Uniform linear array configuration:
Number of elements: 24
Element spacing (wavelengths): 0.75
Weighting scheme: exponential
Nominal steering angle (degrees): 0
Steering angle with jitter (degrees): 1.616
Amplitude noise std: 0.05
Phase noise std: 0.05

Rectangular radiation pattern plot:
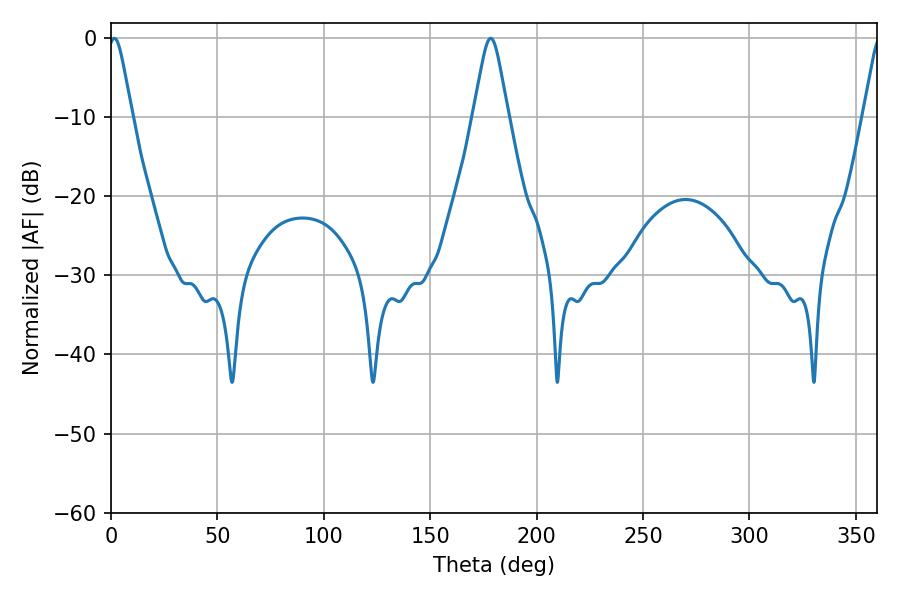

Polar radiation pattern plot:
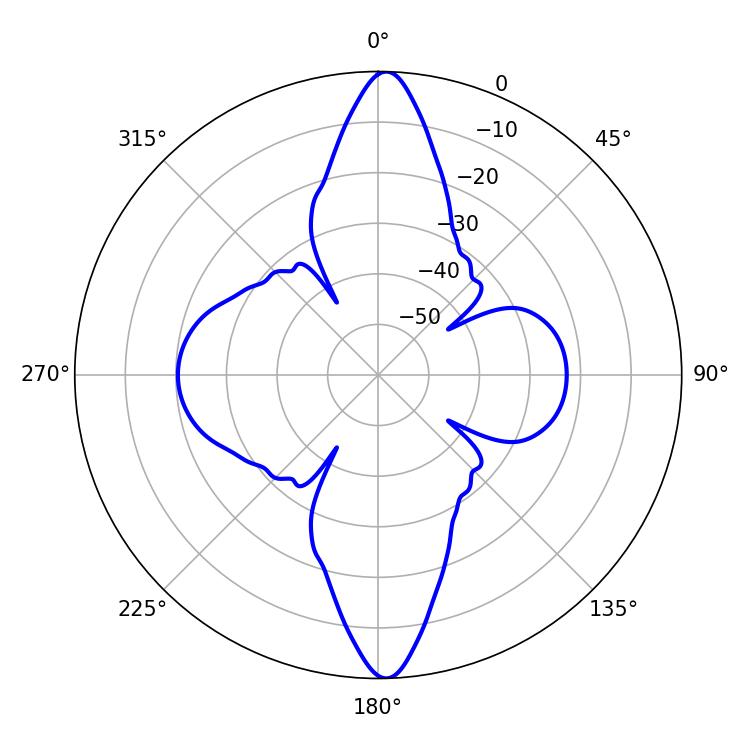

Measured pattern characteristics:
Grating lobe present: TRUE
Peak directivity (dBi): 24.71
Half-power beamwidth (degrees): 5.4
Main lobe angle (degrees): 1.62